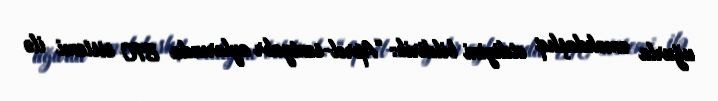
uğurla əməkdaşlıq etdiyini bildirib: “Aprel-sentyabr aylarında BTC sistemi ilə